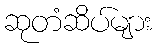
ဆုတံဆိပ်များ